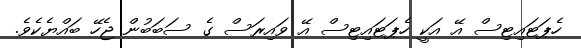
ހެޕަޓައިޓިސް އޭ އަކީ ހެޕަޓައިޓިސް އޭ ވައިރަސް ގެ ސަބަބުން ޖެހޭ ބައްޔެކެވެ.